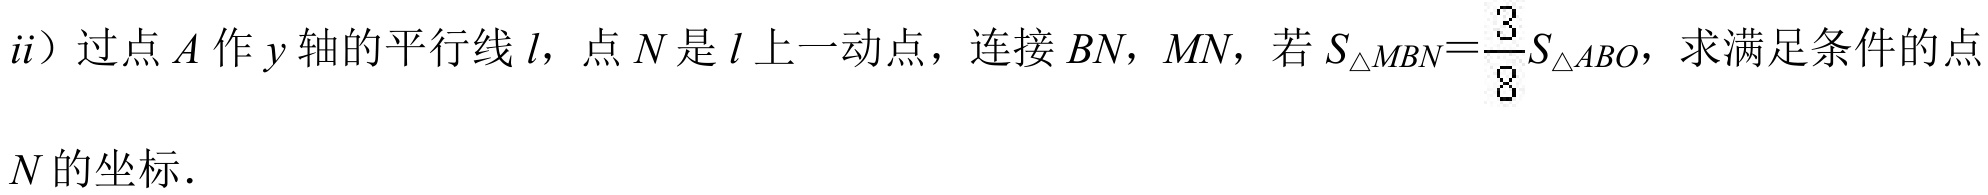
ii）过点 \(A\) 作 \(y\) 轴的平行线 \(l\)，点 \(N\) 是 \(l\) 上一动点，连接 \(BN\)，\(MN\)，若 \(S_{\triangle MBN}=\frac{3}{8}S_{\triangle ABO}\)，求满足条件的点 \(N\) 的坐标.